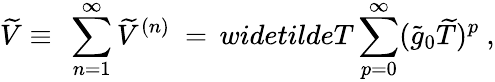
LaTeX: \widetilde V\equiv\ \sum_{n=1}^{\infty}\widetilde V^{(n)}\ =\, widetildeT\sum_{p=0}^{\infty}(\widetilde g_{0}\widetilde T)^{p}\ ,